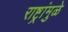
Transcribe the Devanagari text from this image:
राष्ट्रांमुळे